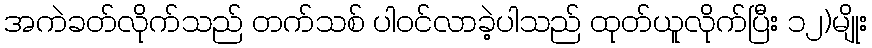
အကဲခတ်လိုက်သည် တက်သစ် ပါဝင်လာခဲ့ပါသည် ထုတ်ယူလိုက်ပြီး ၁၂)မျိုး